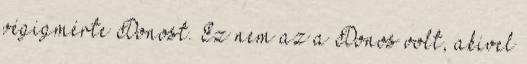
végigmérte Donost. Ez nem az a Donos volt, akivel